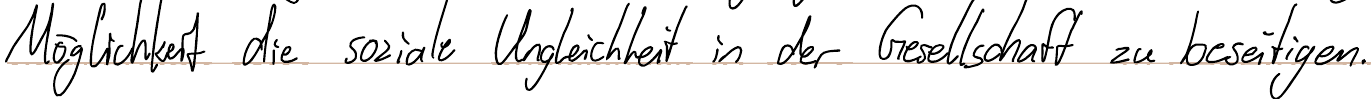
Möglichkeit die soziale Ungleichheit in der Gesellschaft zu beseitigen.